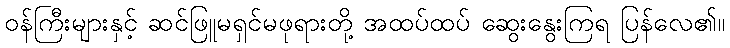
ဝန်ကြီးများနှင့် ဆင်ဖြူမရှင်မဖုရားတို့ အထပ်ထပ် ဆွေးနွေးကြရ ပြန်လေ၏။